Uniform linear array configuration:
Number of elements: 32
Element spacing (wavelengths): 0.5
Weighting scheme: hamming
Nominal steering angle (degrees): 0
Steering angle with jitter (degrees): -1.377
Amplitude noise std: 0.05
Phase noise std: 0.05

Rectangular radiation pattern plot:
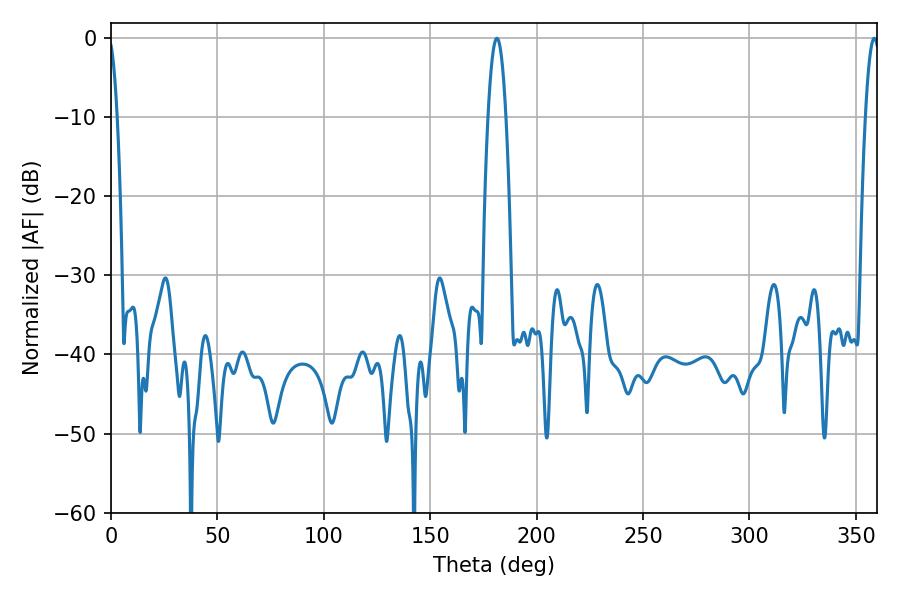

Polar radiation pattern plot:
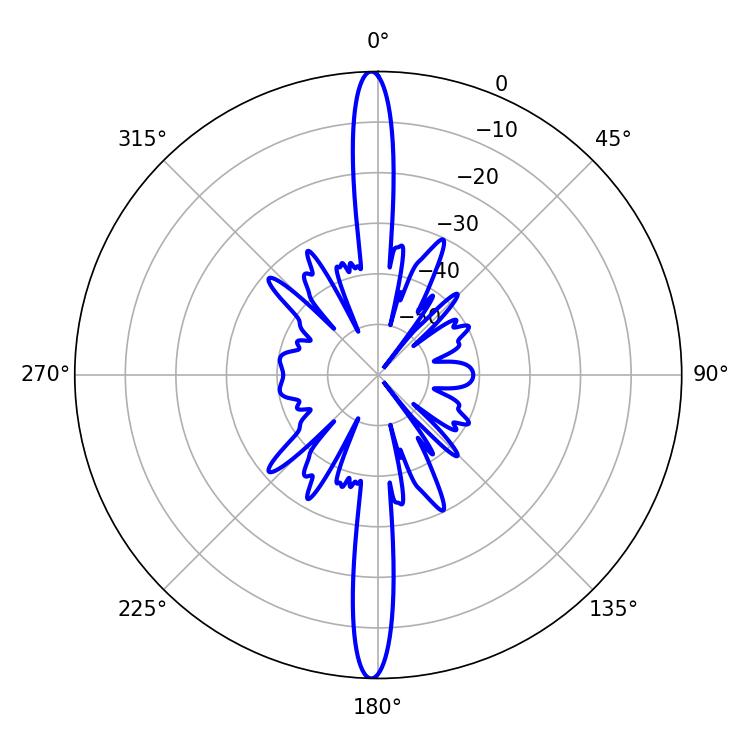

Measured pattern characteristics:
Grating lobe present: FALSE
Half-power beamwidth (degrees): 4.5
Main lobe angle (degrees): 181.26